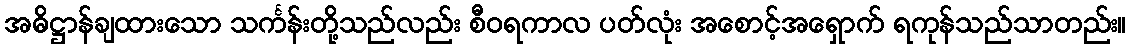
အဓိဋ္ဌာန်ချထားသော သင်္ကန်းတို့သည်လည်း စီဝရကာလ ပတ်လုံး အစောင့်အရှောက် ရကုန်သည်သာတည်း။